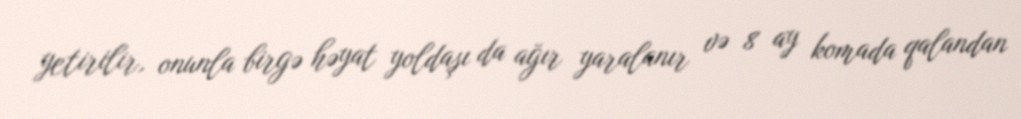
yetirilir, onunla birgə həyat yoldaşı da ağır yaralanır və 8 ay komada qalandan